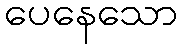
ပေနေသော